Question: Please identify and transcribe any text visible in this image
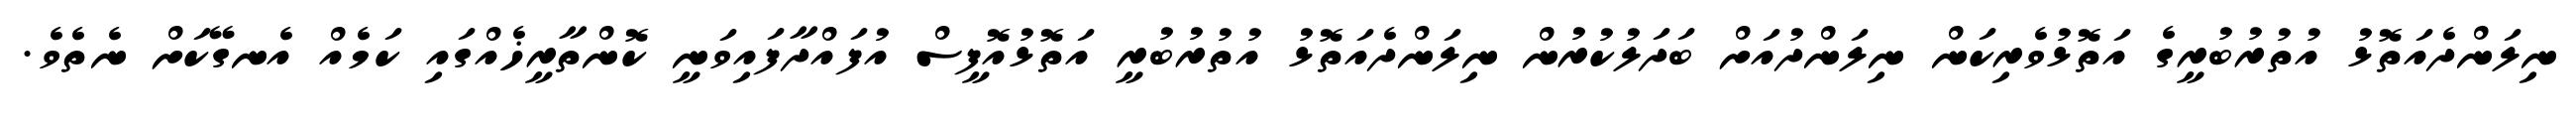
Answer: ނިލަންދެއަތޮޅު އުތުރުބުރީގެ އަތޮޅުވެރިކަން ނިލަންދުއަށް ބަދަލުކުރުން ނިލަންދެއަތޮޅު އުތުރުބުރީ އަތޮޅުއޮފީސް އުފައްދާފައިވަނީ ކޮންތާރީޚެއްގައި ކަމެއް އެނގޭކަށް ނެތެވެ.